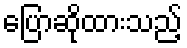
ပြောဆိုထားသည့်